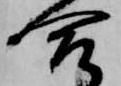
合